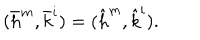
( \bar { h } ^ { m } , \bar { k } ^ { i } ) = ( \hat { h } ^ { m } , \hat { k } ^ { i } ) .